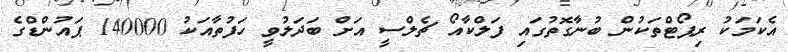
އެކަމަކު ރިޕޯޓްތަކުން ބުނާގޮތުގައި ފަލްކާއޯ ޗެލްސީ އަށް ބަދަލުވީ ހަފުތާއަކު 140000 ޕައުންޑްގެ